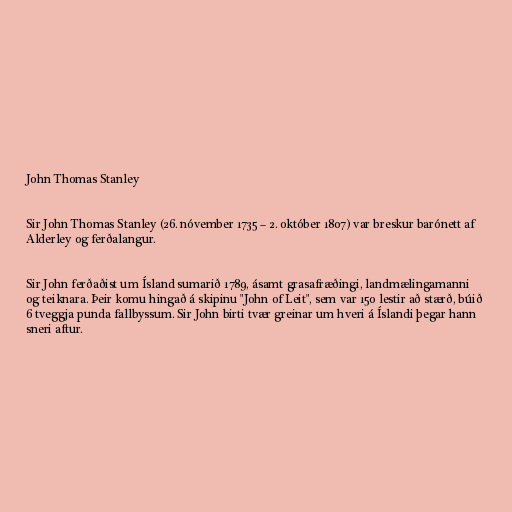
John Thomas Stanley

Sir John Thomas Stanley (26. nóvember 1735 – 2. október 1807) var breskur barónett af
Alderley og ferðalangur.

Sir John ferðaðist um Ísland sumarið 1789, ásamt grasafræðingi, landmælingamanni
og teiknara. Þeir komu hingað á skipinu "John of Leit", sem var 150 lestir að stærð, búið
6 tveggja punda fallbyssum. Sir John birti tvær greinar um hveri á Íslandi þegar hann
sneri aftur.